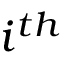
i ^ { t h }